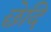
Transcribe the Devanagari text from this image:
छेदि